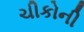
ચીકોની